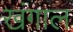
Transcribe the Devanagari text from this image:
खंगाल